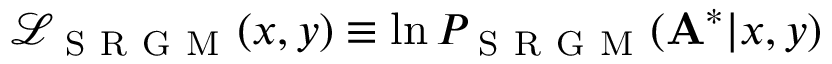
\mathcal { L } _ { \mathrm { ~ S ~ R ~ G ~ M ~ } } ( x , y ) \equiv \ln P _ { \mathrm { ~ S ~ R ~ G ~ M ~ } } ( \mathbf { A } ^ { * } | x , y )